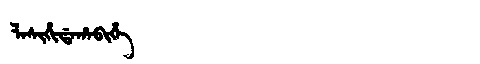
Manchu: ᠯᠠᠰᡳᡥᡳᡩᠠᡥᠠᠪᡳᡥᡝ
Romanization: LASIHIDAHABIHE